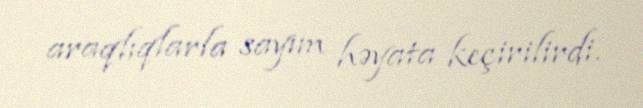
araqlıqlarla sayım həyata keçirilirdi.